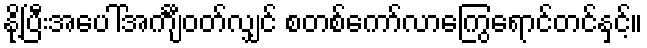
နို့ပြီးအပေါ်အင်္ကျီဝတ်လျှင် စတစ်ကော်လာကြွေရောင်တင်နှင့်။